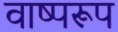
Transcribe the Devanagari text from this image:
वाष्परूप